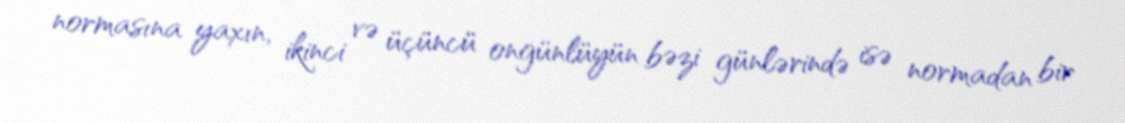
normasına yaxın, ikinci və üçüncü ongünlüyün bəzi günlərində isə normadan bir